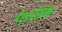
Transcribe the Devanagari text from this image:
पेशारीरिक